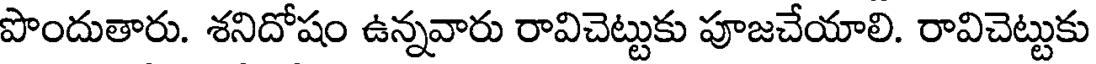
పొందుతారు. శనిదోషం ఉన్నవారు రావిచెట్టుకు పూజచేయాలి. రావిచెట్టుకు